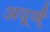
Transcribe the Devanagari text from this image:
अपूर्ण्